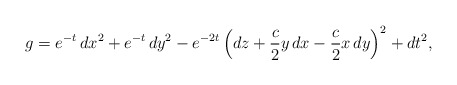
\begin{align*} g = e^{-t}\,dx^2 + e^{-t}\,dy^2 - e^{-2t}\,\Big(dz + \frac{c}{2}y\,dx - \frac{c}{2}x\,dy\Big)^2 + dt^2,\end{align*}